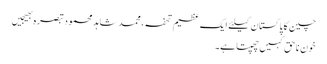
چین کا پاکستان کیلئے ایک عظیم تحفہ، محمد شاہد محمودتبصرہ بھیجیں
خونِ ناحق کہیں چھپتاہے۔